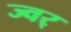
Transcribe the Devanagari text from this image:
ज्वर्